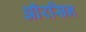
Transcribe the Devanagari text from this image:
ऑरसिन